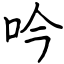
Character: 吟